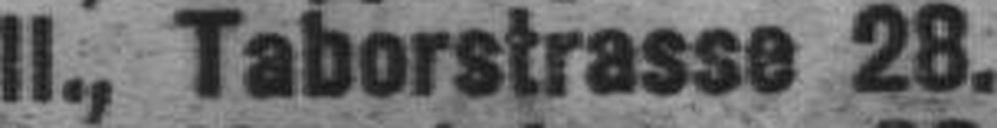
II., Taborstrasse 28.